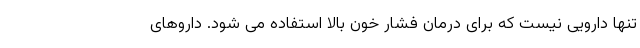
تنها دارویی نیست که برای درمان فشار خون بالا استفاده می شود. داروهای